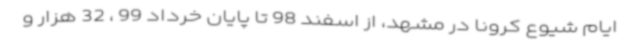
ایام شیوع کرونا در مشهد، از اسفند 98 تا پایان خرداد 99 ، 32 هزار و